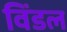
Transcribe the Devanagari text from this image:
विंडल